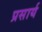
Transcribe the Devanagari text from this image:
प्रसार्य